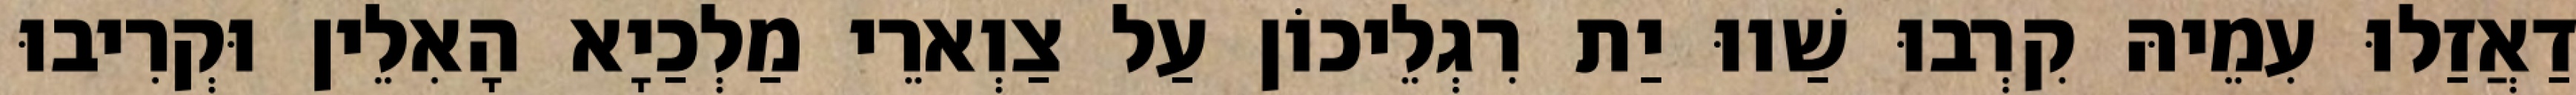
דַאֲזַלוּ עִמֵיהּ קִרְבוּ שַׁווּ יַת רִגְלֵיכוֹן עַל צַוְארֵי מַלְכַיָא הָאִלֵין וּקְרִיבוּ